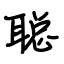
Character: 聪